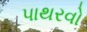
પાથરવો